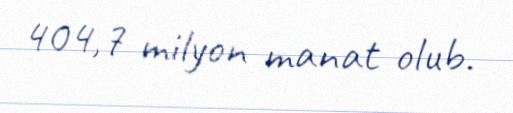
404,7 milyon manat olub.